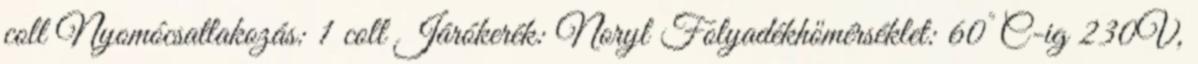
coll Nyomócsatlakozás: 1 coll Járókerék: Noryl Folyadékhőmérséklet: 60°C-ig 230V,